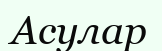
Асулар